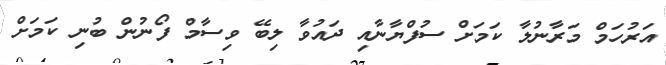
އަރުހަމް މަރާނުލާ ކަމަށް ސުފްޔާނާއި ދައުވާ ލިބޭ ވިސާމް ފޯނުން ބުނި ކަމަށް